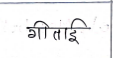
मजकूर: गीताई